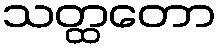
သတ္ထတော